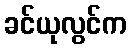
ခင်ယုလွင်က